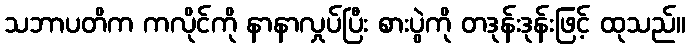
သဘာပတိက ကလိုင်ကို နာနာလှုပ်ပြီး စားပွဲကို တဒုန်းဒုန်းဖြင့် ထုသည်။